Memorandum on the prevention of leprosy by segregation of the affected
Disease focus: Leprosy
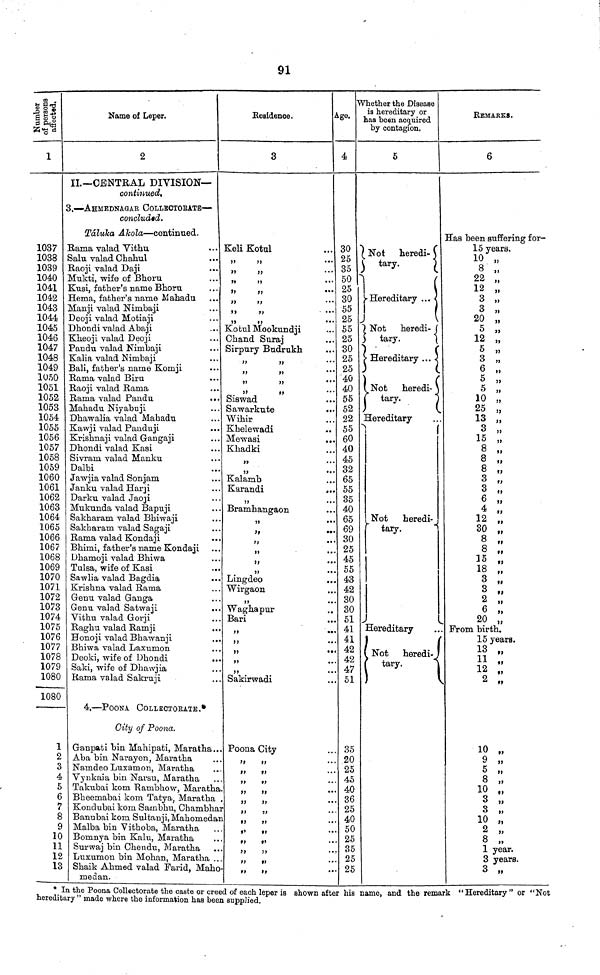
91
Number of persons affected.
1037
1038
1039
1040
1041
1042
1043
1044
1045
1046
1047
1048
1049
1050
1051
1052
1053
1054
1055
1056
1057
1058
1059
1060
1061
1062
1063
1064
1065
1066
1067
1068
1069
1070
1071
1072
1073
1074
1075
1076
1077
1078
1079
1080
1080
1
2
3
4
5
6
7
8
9
10
11
12
13
Name of Leper.
2
IL—CENTRAL DIVISION—
continued.
3.—AHMEDNAGAR COLLECTORATE—
concluded.
Táluka Ahola—continued.
Rama valad Vithu
Salu valad Chahul
Raoji yalad Daji
Mukti, wife of Bhoru
Kusi, father's name Bhoru
Hema, father's name Mahadu
Manji valad Nimbaji
Deoji valad Motiaji
Dhondi valad Abaji
Kheoji valad Deoji
Pandu valad Nimbaji
Kalia valad Nimbaji
Bali, father's name Komji
Rama valad Biru
Raoji valad Rama
Rama valad Pandu
...
Mahadu Niyabuji
Dhawalia valad Mabadu
Kawji valad Panduji
Krishnaji valad Gangaji
Dhondi valad Kasi
Sivram valad Manku
Dalbi
Jawjia valad Sonjam
Janku valad Harji
Darku valad Jaoji
Mukunda valad Bapuji
Sakharam valad Bhiwaji
Sakharam valad Sagaji
Rama valad Kondaji
Bhimi, father's name Kondaji
Dhamoji valad Bhiwa
Tulsa, wife of Kasi
Sawlia valad Bagdia
Krishna valad Rama
Genii valad Ganga
Genu valad Satwaji
Vithu valad Gorji
Raghu valad Ramji
Honoji valad Bhawanji
Bhiwa valad Laxnmon
Deoki, wife of Dhondi
Saki, wife of Dhawjia
Rama valad Sakruji
4,—POONA COLLECTORATE.*
City of Poona.
Ganpati bin Mahipati, Maratha..
Aba bin Narayen, Maratha
Nanideo Luxamon, Maratha
Vynkaia bin Narsu, Maratha
Takubai kom "Rambhow, Maratha
Bheemabai kom Tatya, Maratha
Kondubai kom Sambhu, Chambha
Banubai kom Sultanji, Mahomedai
Malba bin Vithoba, Maratha
Bomnya bin Kalu, Maratha
Surwaj bin Chendn, Maratha
Luxumon bin Mohan, Maratha ..
Shaik Ahmed valad Farid, Maho-
medan.
Residence.
3
Keli Kotul
,, ,,
,, ,,
,, ,,
,, ,,
,, ,,
,, ,,
,, ,,
Kotul Mookundji
Chand Suraj
Sirpury Budrukh
,, ,,
,, ,,
,, ,,
Siswad
Sawarkute
Wihir
Khelewadi
Mewasi
Khadki
,,
Kalamb
Karandi
..
,,
Bramhangaon
,,
,,
,,
,,
H
*
,,
Lingdeo
Wirgaon
,,
Waghapur
Bari
,,
,,
,,
,,
Sakirwadi
. Poona City
,, ,,
,, ,,
,, ,,
,, ,,
,, ,,
,, ,,
,, ,,
,, ,,
,, ,,
,, ,,
t)
ft
Age.
4
30
25
35
50
25
30
55
25
55
25
30
25
25
40
40
55
52
22
55
60
40
45
32
65
55
35
40
65
69
30
25
45
55
43
42
30
30
51
41
41
42
42
47
51
35
20
25
45
40
36
25
40
50
25
35
25
25
Whether the Disease
is hereditary or
haa been acquired
by contagion.
5
Not heredi-
tary.
Hereditary
Not heredi-
tary.
Hereditary .
)
(
Not heredi-
tary.
Hereditary
Not heredi-
tary.
Hereditary
Not heredi-
tary.
REMARKS.
6
Has been suffering for-
15 years.
10 „
8 „
22 „
12 „
3 „
3 „
20 „
5 ,,
12 „
5 „
3 „
6 „
5 „
5
,,
10 „
25 „
13 „
3 „
15 „
8 „
8 „
8 „
3 „
3 „
6 „
4 „
12 „
30 „
8 „
8 „
15 „
18 „
3 „
3 „
2 „
6 ,,
20 „
From birth.
15 years.
13 „
11 ,,
12 „
2 „
10 „
9 »
5 „
8 „
10 „
3 „
3 „
10 „
2 „
8 „
1 year.
3 years.
3 „
* In the Poona Collectorate the caste or creed of each leper is shown after his name, and the remark "Hereditary" or "Not
hereditary " made where the information has been supplied.